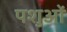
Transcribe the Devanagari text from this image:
पशुआें